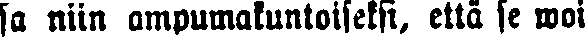
sa niin ampumakuntoiseksi, että se woi